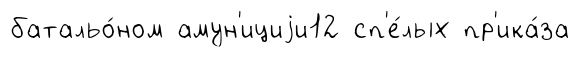
батальо́ном амун'ициjи12 сп'е́лых пр'ика́за